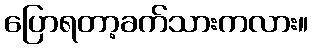
ပြောရတာ့ခက်သားကလား။